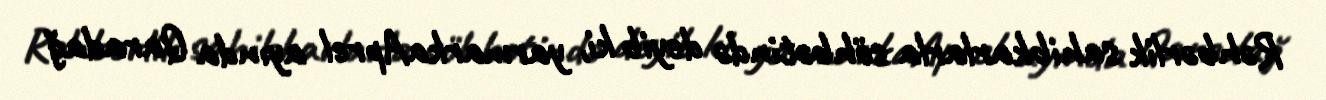
Rəhbərlik sahibkarlarla söhbətində deyib ki, yarmarkaAprel ayında Qaradağ